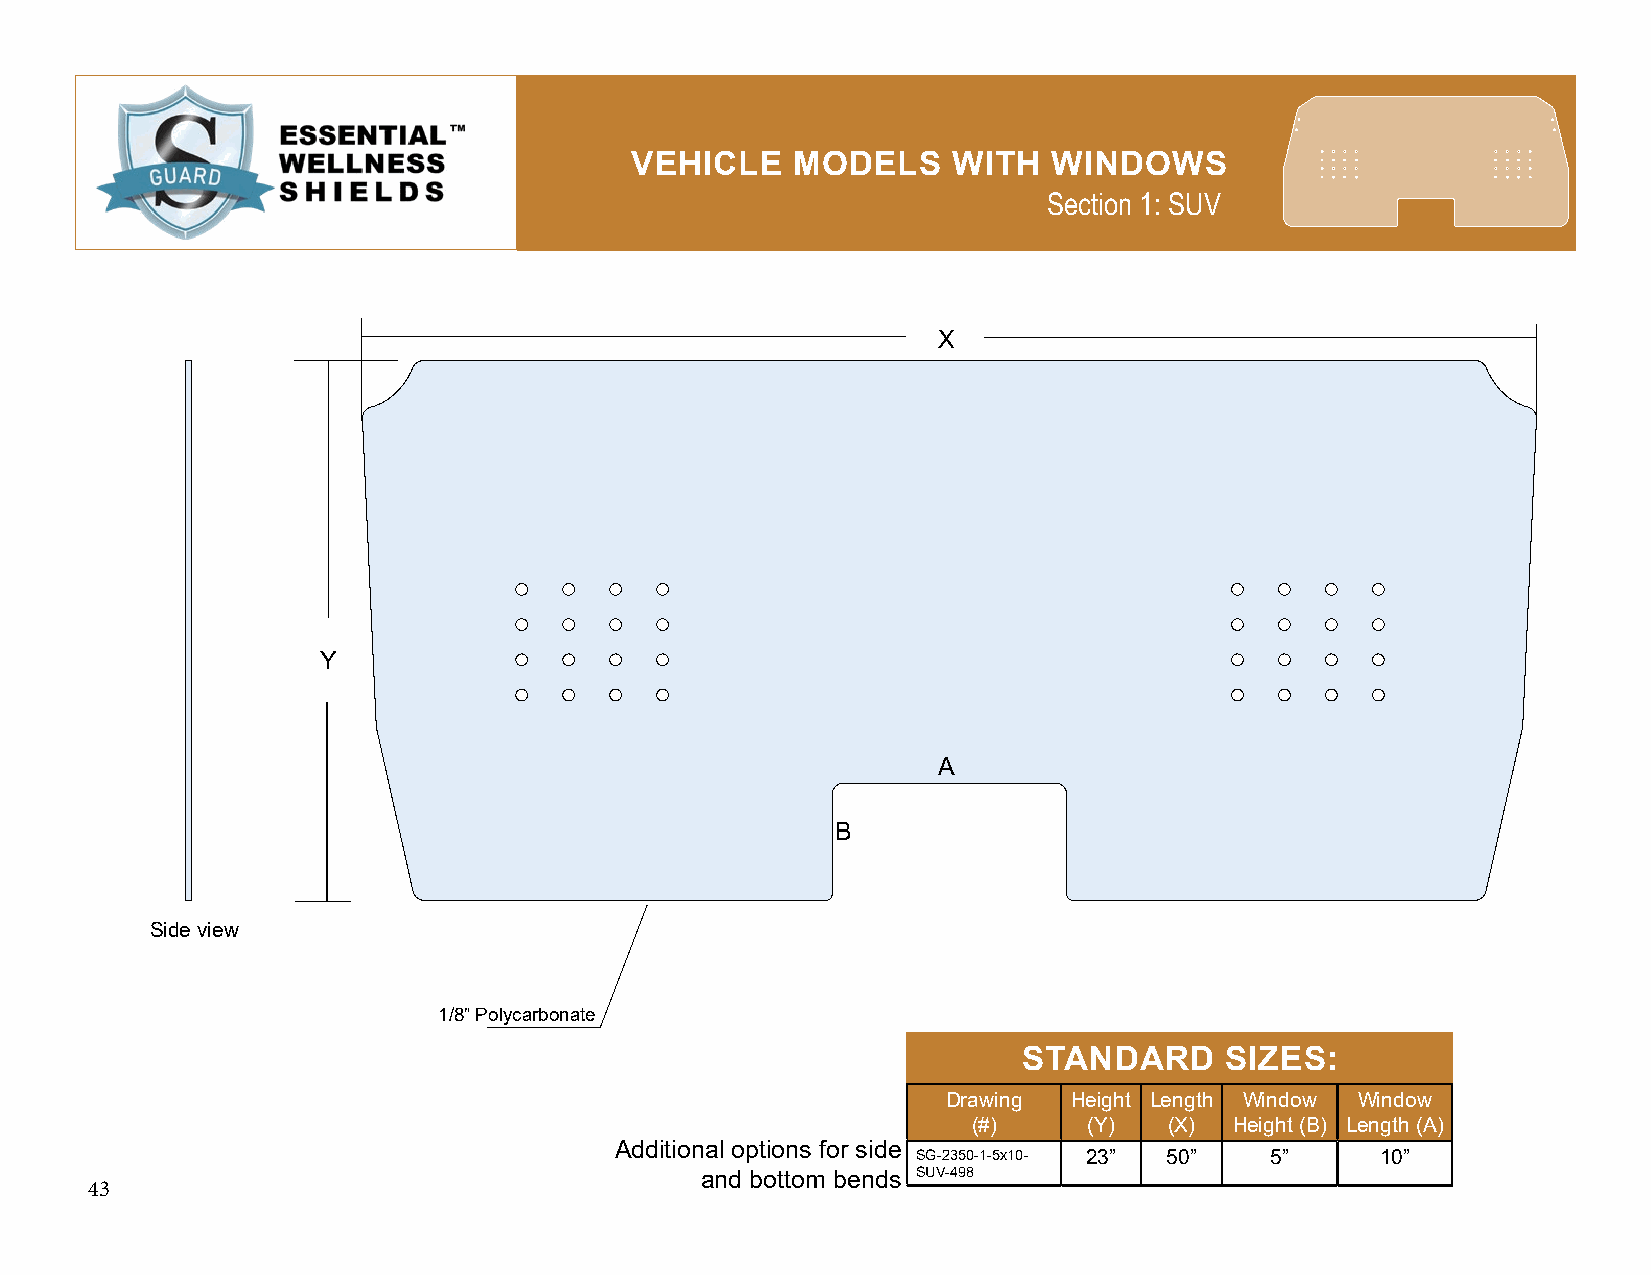
VEHICLE    MODELS    WITH   WINDOWS
 Section 1: SUV
 X
 Y
 A
 B
 Side view
 1/8” Polycarbonate
 STANDARD     SIZES:
 Drawing Height Length Window Window
 (#)     (Y)  (X)  Height (B) Length (A)
 Additional options for side
 SG-2350-1-5x10- 23” 50” 5”    10”
 and bottom bends SUV-498
 43